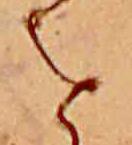
を